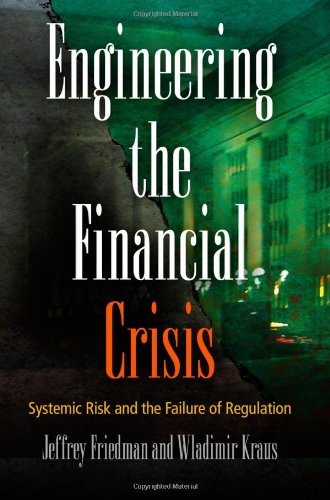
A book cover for Engineering the Financial Crisis: Systemic Risk and the Failure of Regulation; Jeffrey Friedman; Law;